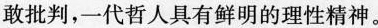
敢批判，一代哲人具有鲜明的理性精神。